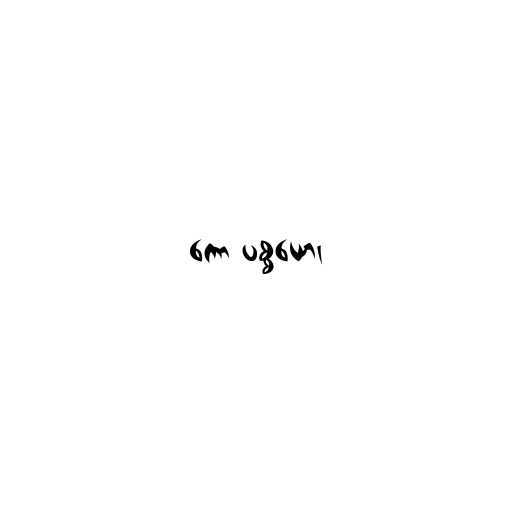
ကော ပစ္စယော၊